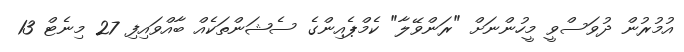
އުމުރުން ދުވަސްވީ މީހުންނަށް "ރަންވޭލާ" ކެމްޕެއިންގެ ސެޝަންތަކެއް ބާއްވައިފި 27 މިނެޓް 13